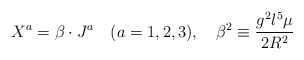
\begin{align*}X^{a}=\beta\cdot J^{a} \quad (a=1,2,3),\quad \beta^{2}\equiv\frac{g^{2}l^{5}\mu}{2R^{2}}\end{align*}